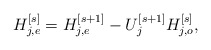
\begin{align*}H_{j,e}^{[s]} = H_{j,e}^{[s+1]} - U_j^{[s+1]} H_{j,o}^{[s]},\end{align*}